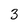
Character: 3